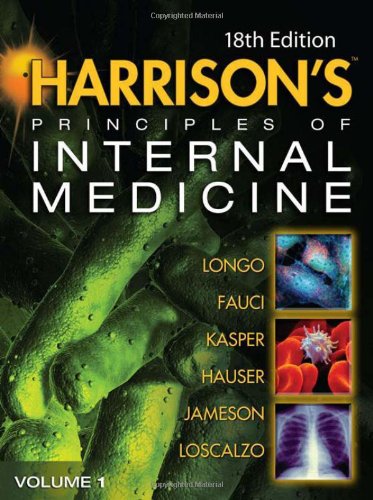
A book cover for Harrison's Principles of Internal Medicine: Volumes 1 and 2, 18th Edition; Dan Longo; Medical Books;